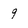
Character: 9